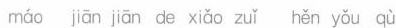
máo jiān jiān de xiǎo zuǐ hěn yǒu qù